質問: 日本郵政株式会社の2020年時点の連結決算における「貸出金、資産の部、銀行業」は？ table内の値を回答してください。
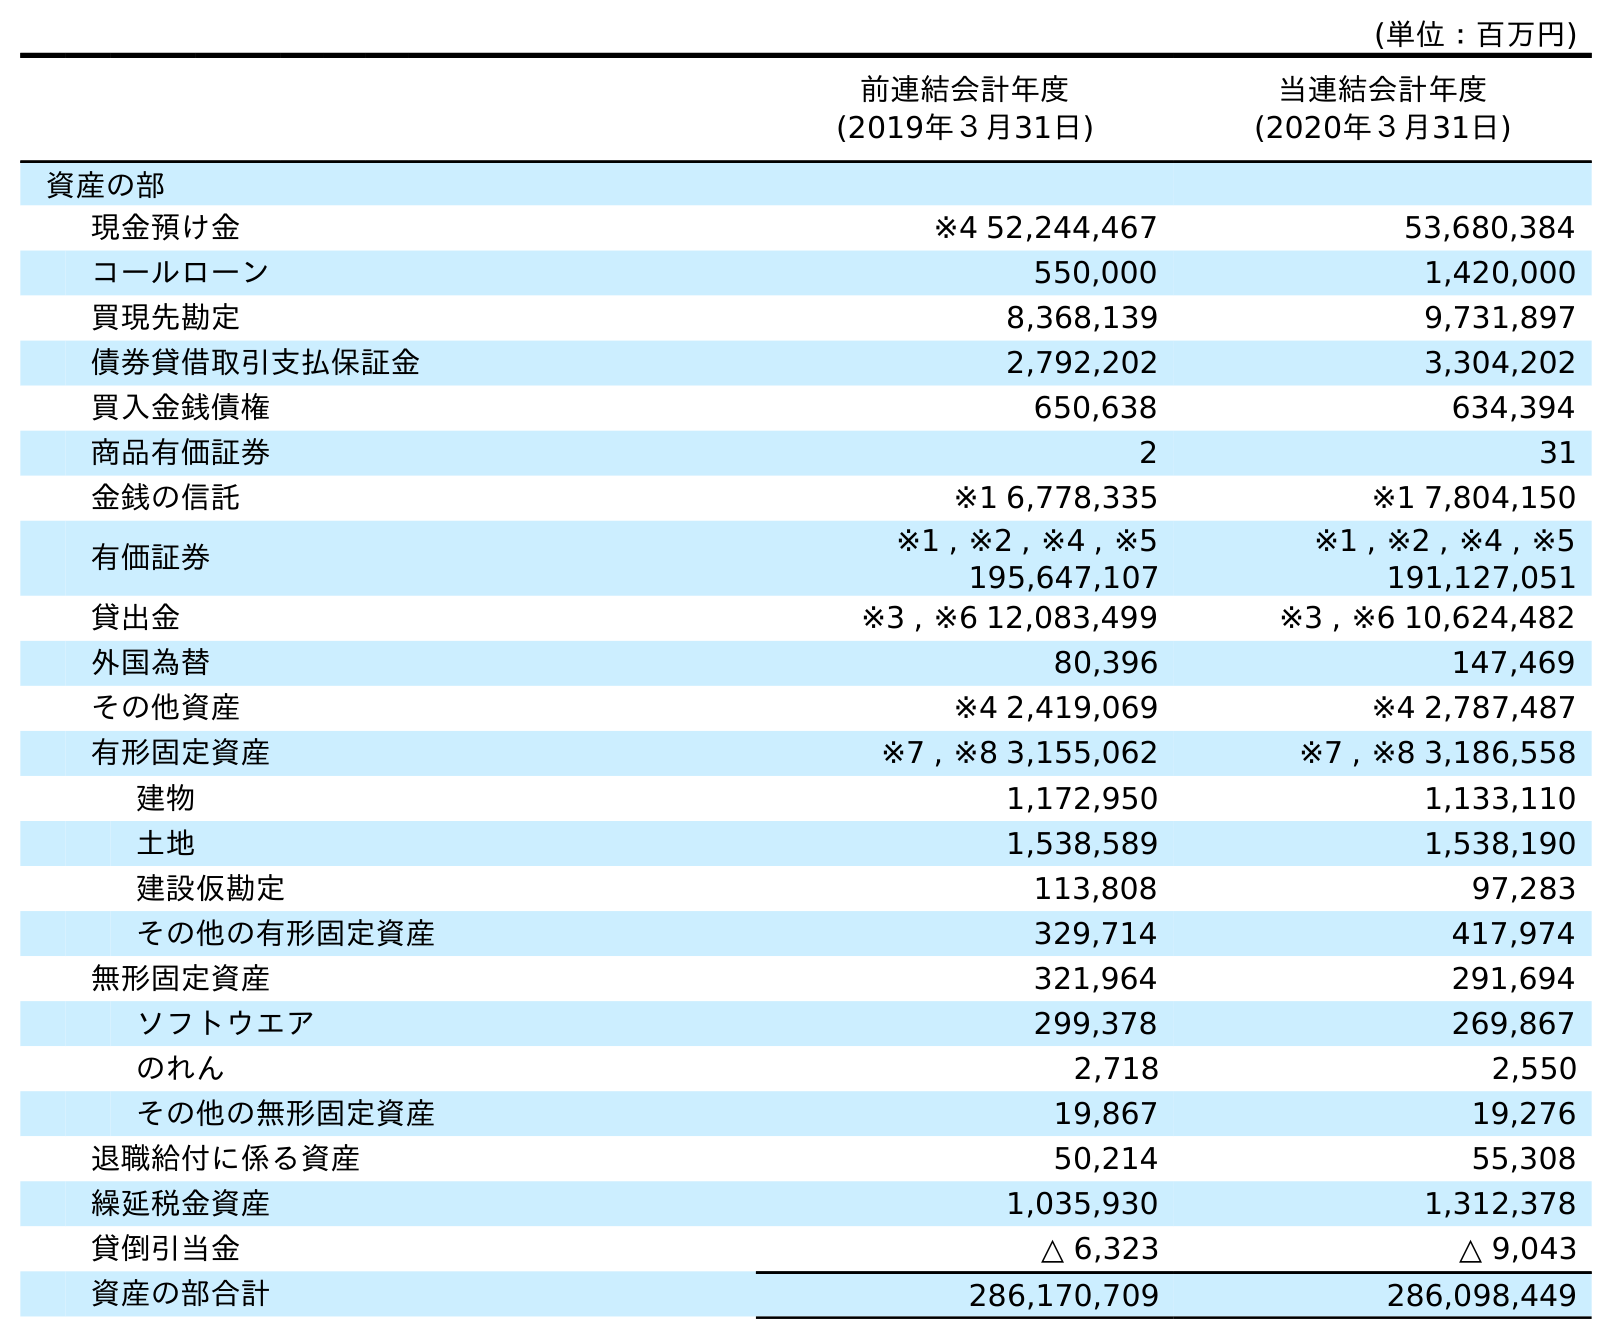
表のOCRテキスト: (単位：百万円) 前連結会計年度 (2019年３月31日) 当連結会計年度 (2020年３月31日) 資産の部 現金預け金 ※4 52,244,467 53,680,384 コールローン 550,000 1,420,000 買現先勘定 8,368,139 9,731,897 債券貸借取引支払保証金 2,792,202 3,304,202 買入金銭債権 650,638 634,394 商品有価証券 2 31 金銭の信託 ※1 6,778,335 ※1 7,804,150 有価証券 ※1 , ※2 , ※4 , ※5 195,647,107 ※1 , ※2 , ※4 , ※5 191,127,051 貸出金 ※3 , ※6 12,083,499 ※3 , ※6 10,624,482 外国為替 80,396 147,469 その他資産 ※4 2,419,069 ※4 2,787,487 有形固定資産 ※7 , ※8 3,155,062 ※7 , ※8 3,186,558 建物 1,172,950 1,133,110 土地 1,538,589 1,538,190 建設仮勘定 113,808 97,283 その他の有形固定資産 329,714 417,974 無形固定資産 321,964 291,694 ソフトウエア 299,378 269,867 のれん 2,718 2,550 その他の無形固定資産 19,867 19,276 退職給付に係る資産 50,214 55,308 繰延税金資産 1,035,930 1,312,378 貸倒引当金 △ 6,323 △ 9,043 資産の部合計 286,170,709 286,098,449
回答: ※3,※610,624,482